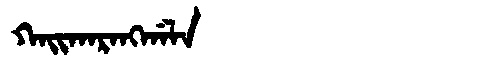
Manchu: ᡴᠠᡳᡴᠠᡵᠠᠩᡤᠠᠯᠠ
Romanization: KAIKARANGGALA